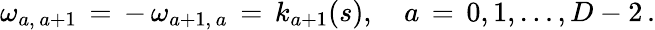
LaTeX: \omega_{a,\, a+1}\, =\, -\, \omega_{a+1,\, a}\, =\, k_{a+1}(s),\quad a\, =\, 0,1,\ldots,D-2\, {.}